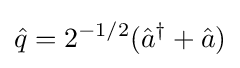
{\hat {q}}=2^{-1/2}({\hat {a}}^{\dagger }+{\hat {a}})